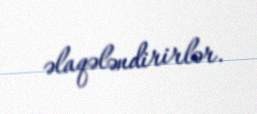
əlaqələndirirlər.